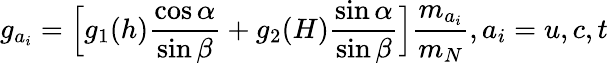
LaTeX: g_{a_{i}}=\Bigl[g_{1}(h)\frac{\cos\alpha}{\sin\beta}+g_{2}(H)\frac{\sin\alpha}{\sin\beta}\Bigr]\frac{m_{a_{i}}}{m_{N}},a_{i}=u,c,t